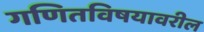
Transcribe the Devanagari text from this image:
गणितविषयावरील